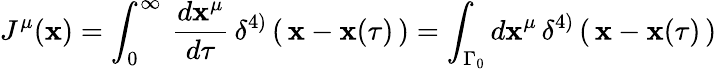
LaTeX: J^{\mu}(\mathbf{x})=\int_{0}^{\infty}\, {\frac{{d\mathbf{x}^{\mu}}}{{d\tau}}}\, \delta^{4)}\left(\, \mathbf{x}-\mathbf{x}(\tau)\, \right)=\int_{\Gamma_{0}}d\mathbf{x}^{\mu}\, \delta^{4)}\left(\, \mathbf{x}-\mathbf{x}(\tau)\, \right)